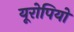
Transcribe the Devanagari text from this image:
यूरोपियो